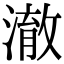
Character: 澈